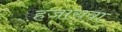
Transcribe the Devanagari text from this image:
हजारावा